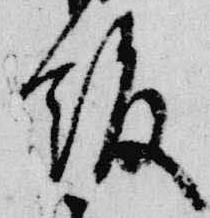
飯